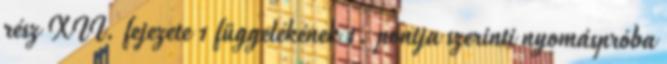
rész XII. fejezete 1 függelékének 1. pontja szerinti nyomáspróba